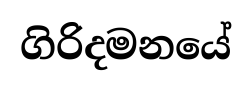
ගිරිදමනයේ